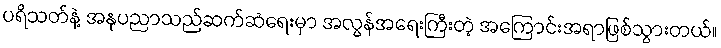
ပရိသတ်နဲ့ အနုပညာသည်ဆက်ဆံရေးမှာ အလွန်အရေးကြီးတဲ့ အကြောင်းအရာဖြစ်သွားတယ်။